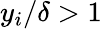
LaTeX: y_{i}/\delta>1